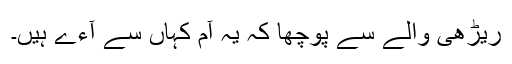
ریڑھی والے سے پوچھا کہ یہ آم کہاں سے آءے ہیں۔